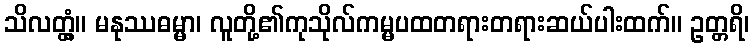
သိလတ္တံ့။ မနုဿဓမ္မာ၊ လူတို့၏ကုသိုလ်ကမ္မပထတရားတရားဆယ်ပါးထက်။ ဥတ္တရိ၊